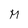
Character: M